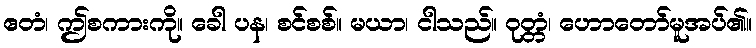
ဧတံ၊ ဤစကားကို။ ခေါ ပန၊ စင်စစ်။ မယာ၊ ငါသည်။ ဝုတ္တံ၊ ဟောတော်မူအပ်၏။